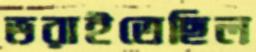
ভরাইতেছিল